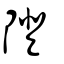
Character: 隥